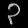
Digit: ၃